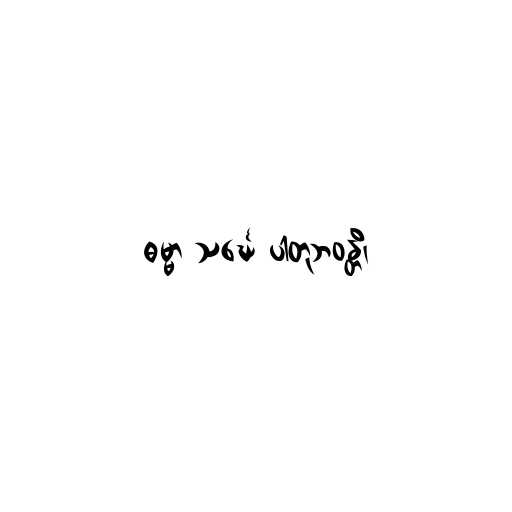
ဓမ္မာ သင်္ဃေ ပါတုဘဝန္တိ၊